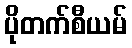
ပိုတက်စီယမ်